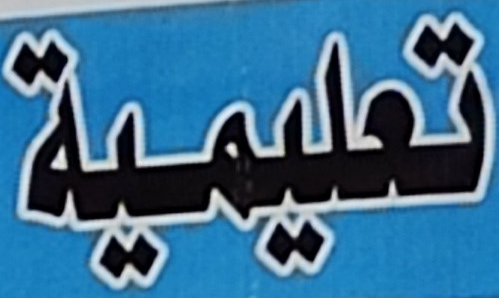
تعليمية